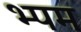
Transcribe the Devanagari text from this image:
भ्पम